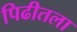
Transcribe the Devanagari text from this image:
पिढीतला